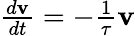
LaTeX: \begin{array}{r}{{\frac{d{\mathbf v}}{dt}}=-{\frac{1}{\tau}}{\mathbf v}}\end{array}